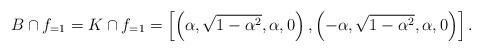
LaTeX: \begin{align*}B \cap f_{=1}= K \cap f_{=1}= \left[\left(\alpha,\sqrt{1-\alpha^2},\alpha,0\right),\left(-\alpha,\sqrt{1-\alpha^2},\alpha,0\right)\right].\end{align*}